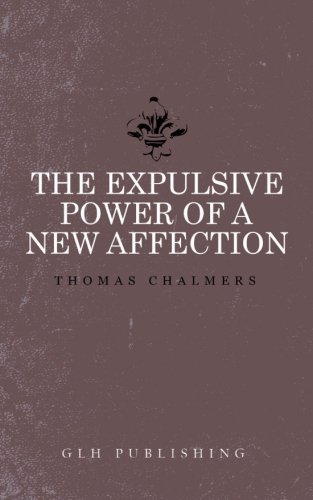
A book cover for The Expulsive Power of a New Affection; Thomas Chalmers; Christian Books & Bibles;